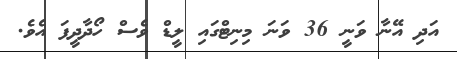
އަަދި އޭނާ ވަނީ 36 ވަނަ މިނިޓްގައި ލީޑް ވެސް ހޯދާދީފަ އެވެ.